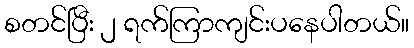
စတင်ပြီး ၂ ရက်ကြာကျင်းပနေပါတယ်။